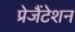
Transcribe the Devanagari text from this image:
प्रेजैंटेशन